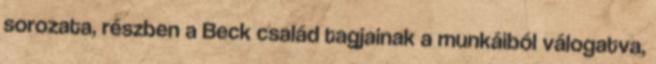
sorozata, részben a Beck család tagjainak a munkáiból válogatva,